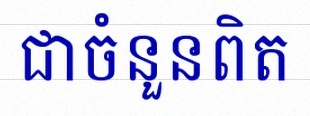
សន្មតថា x ជាចំនួនពិត